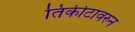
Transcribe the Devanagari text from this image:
तिकीटावरुन